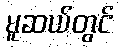
မူဆယ်တွင်